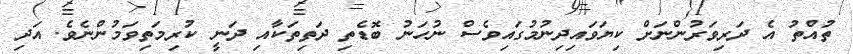
ތުއްތު އެ ދަރިވަރުންނަށް ކިޔަވައިދިނުމުގައިވެސް ނުހަނު ބޮޑެތި ދަތިތަކާއި ދަނީ ކުރިމަތިވަމުންނެވެ. އަދި